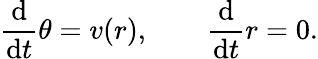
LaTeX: \frac{\mathrm{d}}{\mathrm{d}t}\theta=v(r),\qquad\frac{\mathrm{d}}{\mathrm{d}t}r=0.